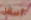
أسهل